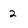
Character: 2